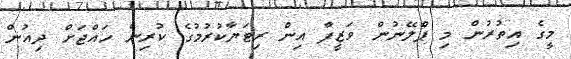
މީގެ އިތުރުން މި ޕްލޭނުން ވަޒީފާ އިން ރިޓަޔާކުރުމުގެ ކުރިން ހައްޖަށް ދިއުން